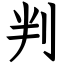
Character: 判